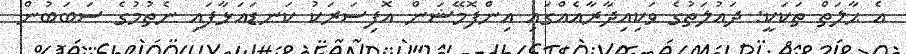
އެ ޙާލަތް ތަކަކީ: ދައުލަތުގެ ވަކިއިދާރާއެއްގައި އިންފޮމޭޝަން އޮފިސަރަކު ކަނޑައަޅާފައި ނެތުމުގެ ސަބަބުން